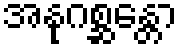
အနုဂစ္ဆန္တော